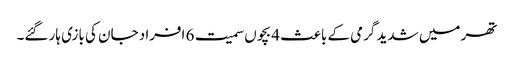
تھر میں شدید گرمی کے باعث 4 بچوں سمیت 6 افراد جان کی بازی ہار گئے۔